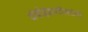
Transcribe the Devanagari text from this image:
थ्रंबोइंडारटेरेक्टोमी